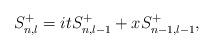
LaTeX: \begin{align*}S^+_{n,l}=itS^+_{n,l-1}+xS^+_{n-1,l-1},\end{align*}